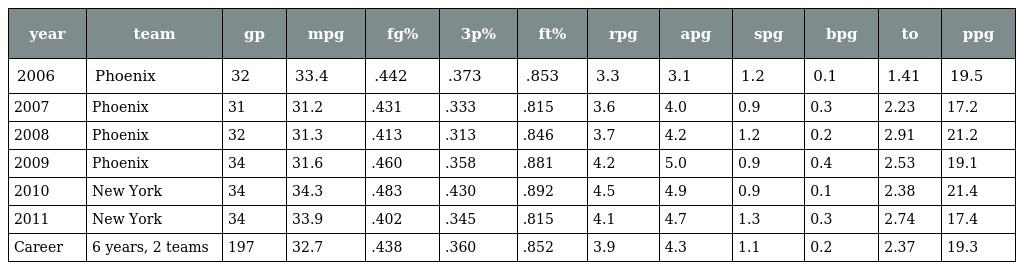
| year | team | gp | mpg | fg% | 3p% | ft% | rpg | apg | spg | bpg | to | ppg |
 | --- | --- | --- | --- | --- | --- | --- | --- | --- | --- | --- | --- | --- |
 | 2006 | Phoenix | 32 | 33.4 | .442 | .373 | .853 | 3.3 | 3.1 | 1.2 | 0.1 | 1.41 | 19.5 |
 | 2007 | Phoenix | 31 | 31.2 | .431 | .333 | .815 | 3.6 | 4.0 | 0.9 | 0.3 | 2.23 | 17.2 |
 | 2008 | Phoenix | 32 | 31.3 | .413 | .313 | .846 | 3.7 | 4.2 | 1.2 | 0.2 | 2.91 | 21.2 |
 | 2009 | Phoenix | 34 | 31.6 | .460 | .358 | .881 | 4.2 | 5.0 | 0.9 | 0.4 | 2.53 | 19.1 |
 | 2010 | New York | 34 | 34.3 | .483 | .430 | .892 | 4.5 | 4.9 | 0.9 | 0.1 | 2.38 | 21.4 |
 | 2011 | New York | 34 | 33.9 | .402 | .345 | .815 | 4.1 | 4.7 | 1.3 | 0.3 | 2.74 | 17.4 |
 | Career | 6 years, 2 teams | 197 | 32.7 | .438 | .360 | .852 | 3.9 | 4.3 | 1.1 | 0.2 | 2.37 | 19.3 |